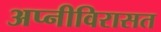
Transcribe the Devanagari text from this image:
अप्नीविरासत